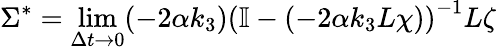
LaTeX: \Sigma^{*}=\operatorname*{lim}_{\Delta t\rightarrow 0}(-2\alpha k_{3})\left(\mathbb{I}-(-2\alpha k_{3}L\chi)\right)^{-1}L\zeta